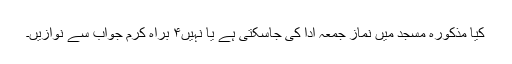
کیا مذکورہ مسجد میں نماز جمعہ ادا کی جاسکتی ہے یا نہیں۴ براہ کرم جواب سے نوازیں۔